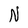
Character: N